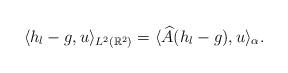
LaTeX: \begin{align*}\langle h_l-g,u\rangle_{L^2 (\mathbb{R}^2)}=\langle\widehat{A} ( h_l-g), u\rangle_{\alpha}.\end{align*}